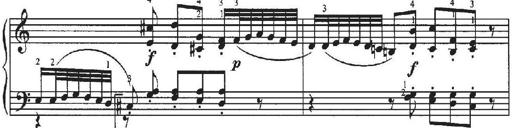
Title: Sonatina No.4 in C major
Composer: Georg Benda
Key: C major